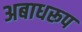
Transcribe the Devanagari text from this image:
अबाधरूप